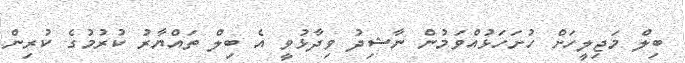
ބިލް މަޖިލީހަށް ހުށަހަޅުއްވަމުން ނާޝިދު ވިދާޅުވީ އެ ބިލް ތައްޔާރު ކުރުމުގެ ކުރިން